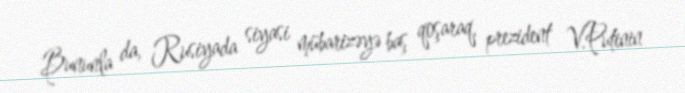
Bununla da, Rusiyada siyasi mübarizəyə baş qoşaraq, prezident V.Putinin